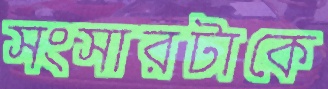
সংসারটাকে